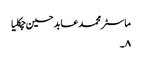
ماسٹر محمد عابد حسین چکلیا
۸۔